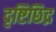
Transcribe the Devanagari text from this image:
दृष्टिछिद्र